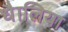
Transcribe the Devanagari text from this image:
धैालिया